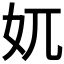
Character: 𡚲